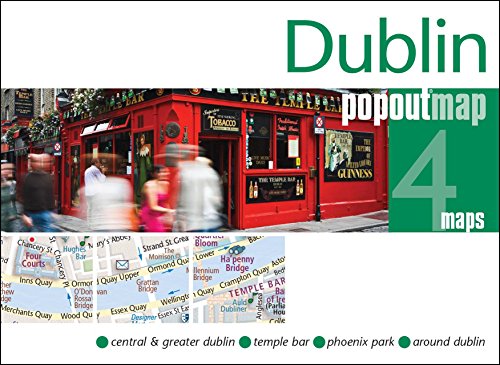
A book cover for Dublin PopOut Map (PopOut Maps); Popout Maps; Travel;